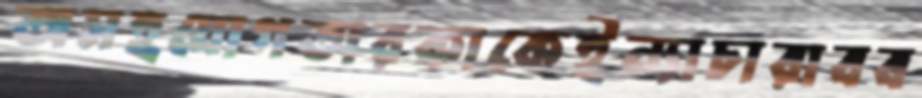
অসহযোগতারকাকেইন্যাচারাবব